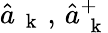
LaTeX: \hat{a}_{\mathrm{~\mathbf~k~}}\, ,\, \hat{a}_{\mathrm{~\mathbf~k~}}^{+}